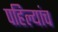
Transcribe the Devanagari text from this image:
पहिल्यांच